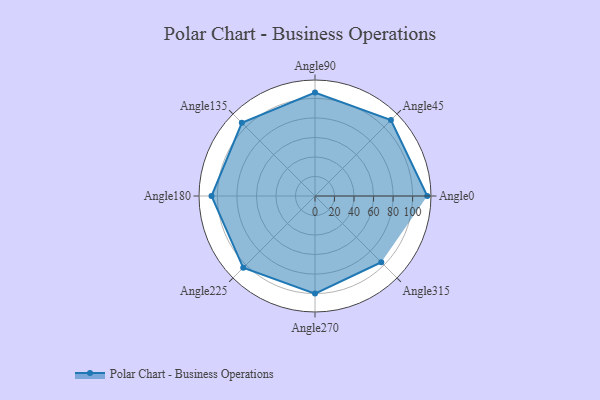
{"axis": {"x": "Angle", "y": "Radius"}, "legend": [""], "data": [{"x": "Angle0", "y": 115.0, "type": ""}, {"x": "Angle45", "y": 110.0, "type": ""}, {"x": "Angle90", "y": 106.0, "type": ""}, {"x": "Angle135", "y": 106.0, "type": ""}, {"x": "Angle180", "y": 106.0, "type": ""}, {"x": "Angle225", "y": 104.0, "type": ""}, {"x": "Angle270", "y": 100.0, "type": ""}, {"x": "Angle315", "y": 96.0, "type": ""}]}